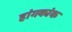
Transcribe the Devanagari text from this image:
हांगकांक